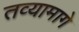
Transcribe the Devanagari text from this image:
तव्यामागे